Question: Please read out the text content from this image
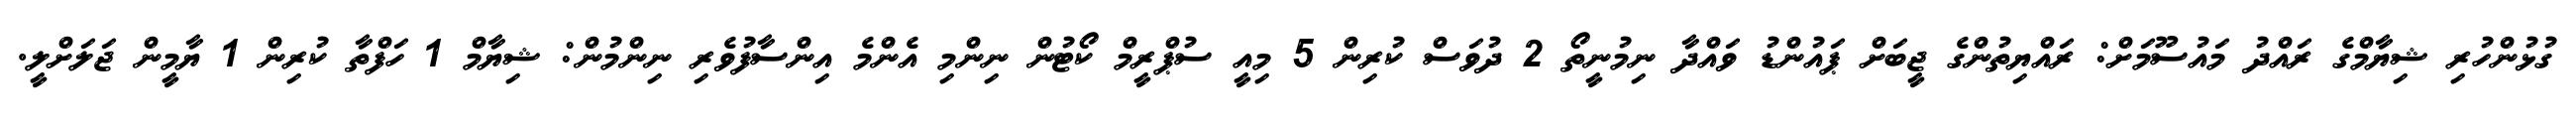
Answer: ގުޅުންހުރި ޝިޔާމްގެ ރައްދު މައުސޫމަށް: ރައްޔިތުންގެ ޖީބަށް ޕައުންޑު ވައްދާ ނިމުނީތޯ 2 ދުވަސް ކުރިން 5 މިއީ ސުޕްރީމް ކޯޓުން ނިންމި އެންމެ އިންސާފުވެރި ނިންމުން: ޝިޔާމް 1 ހަފްތާ ކުރިން 1 ޔާމީން ޖަލަށްލީ.